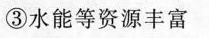
③水能等资源丰富